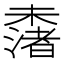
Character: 𣜾